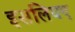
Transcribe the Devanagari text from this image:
इसलियए